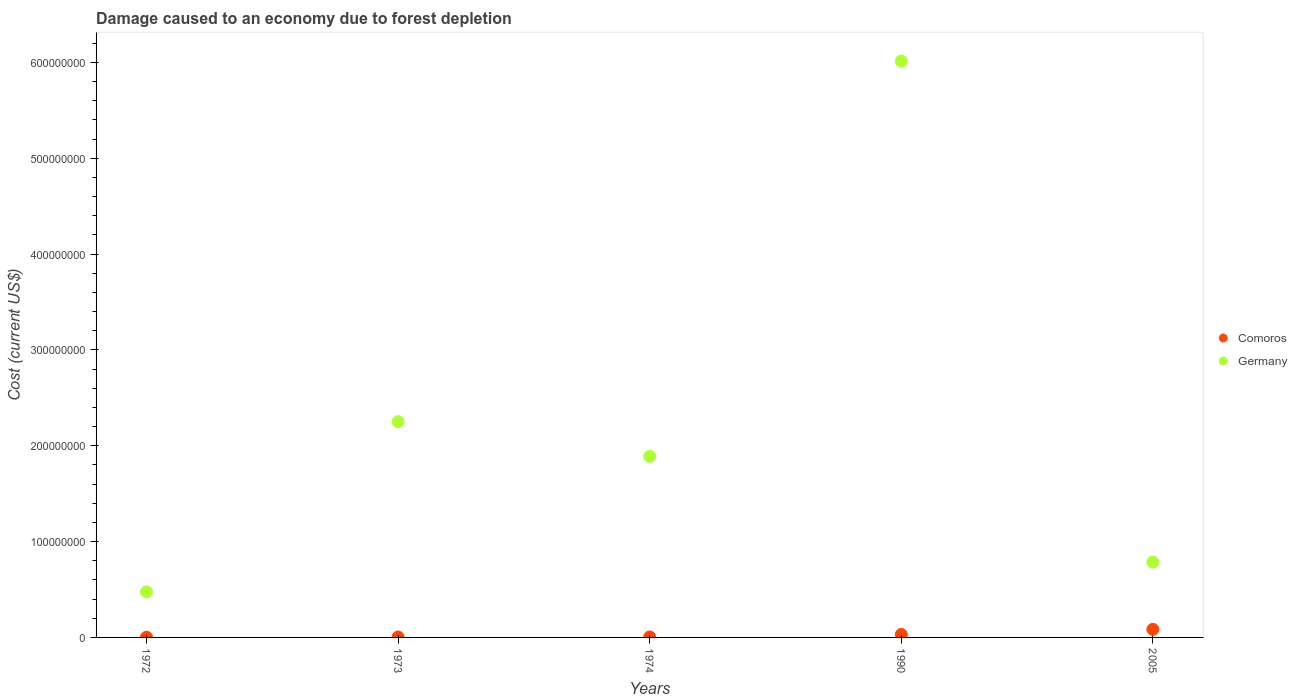
| Years | Comoros | Germany |
 | --- | --- | --- |
 | 1972 | 2.54e+05 | 4.76e+07 |
 | 1973 | 4.73e+05 | 2.25e+08 |
 | 1974 | 4.98e+05 | 1.89e+08 |
 | 1990 | 3.11e+06 | 6.01e+08 |
 | 2005 | 8.37e+06 | 7.87e+07 |